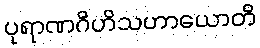
ပုရာဏဂိဟိသဟာယောတိ